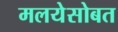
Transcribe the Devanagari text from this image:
मलयेसोबत